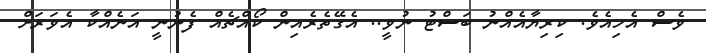
ވެސް އެހިއެވެ. ކިރިޔާއެއްނު ބަސްޓު ނުވީ.. އެގޭތެރެއިން ކޯއްޗެއް ފެނުނީ އަނެއްކާ އެވަރަށް